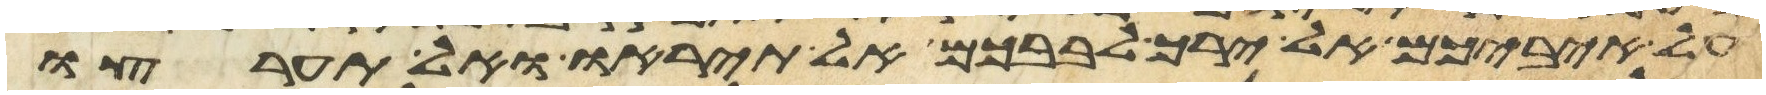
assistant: על איביכם אל ירך לבבכם אל תיראו ואל תערצו